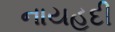
નાયહૂદી